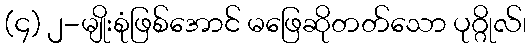
(၄) ၂-မျိုးစုံဖြစ်အောင် မဖြေဆိုတတ်သော ပုဂ္ဂိုလ်၊